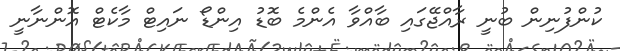
ކުންފުނިން ބުނީ ރާއްޖޭގައި ބާއްވާ އެންމެ ބޮޑު އިންޑޯ ނައިޓް މާކެޓް އޮންނާނީ